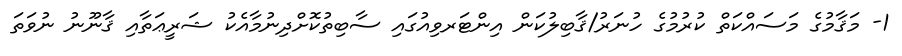
1- މަޤާމުގެ މަސައްކަތް ކުރުމުގެ ހުނަރު/ޤާބިލުކަން އިންޓަރވިއުގައި ސާބިތުކޮށްދިނުމާއެކު ޝަރީޢަތާއި ޤާނޫނު ނުވަތަ